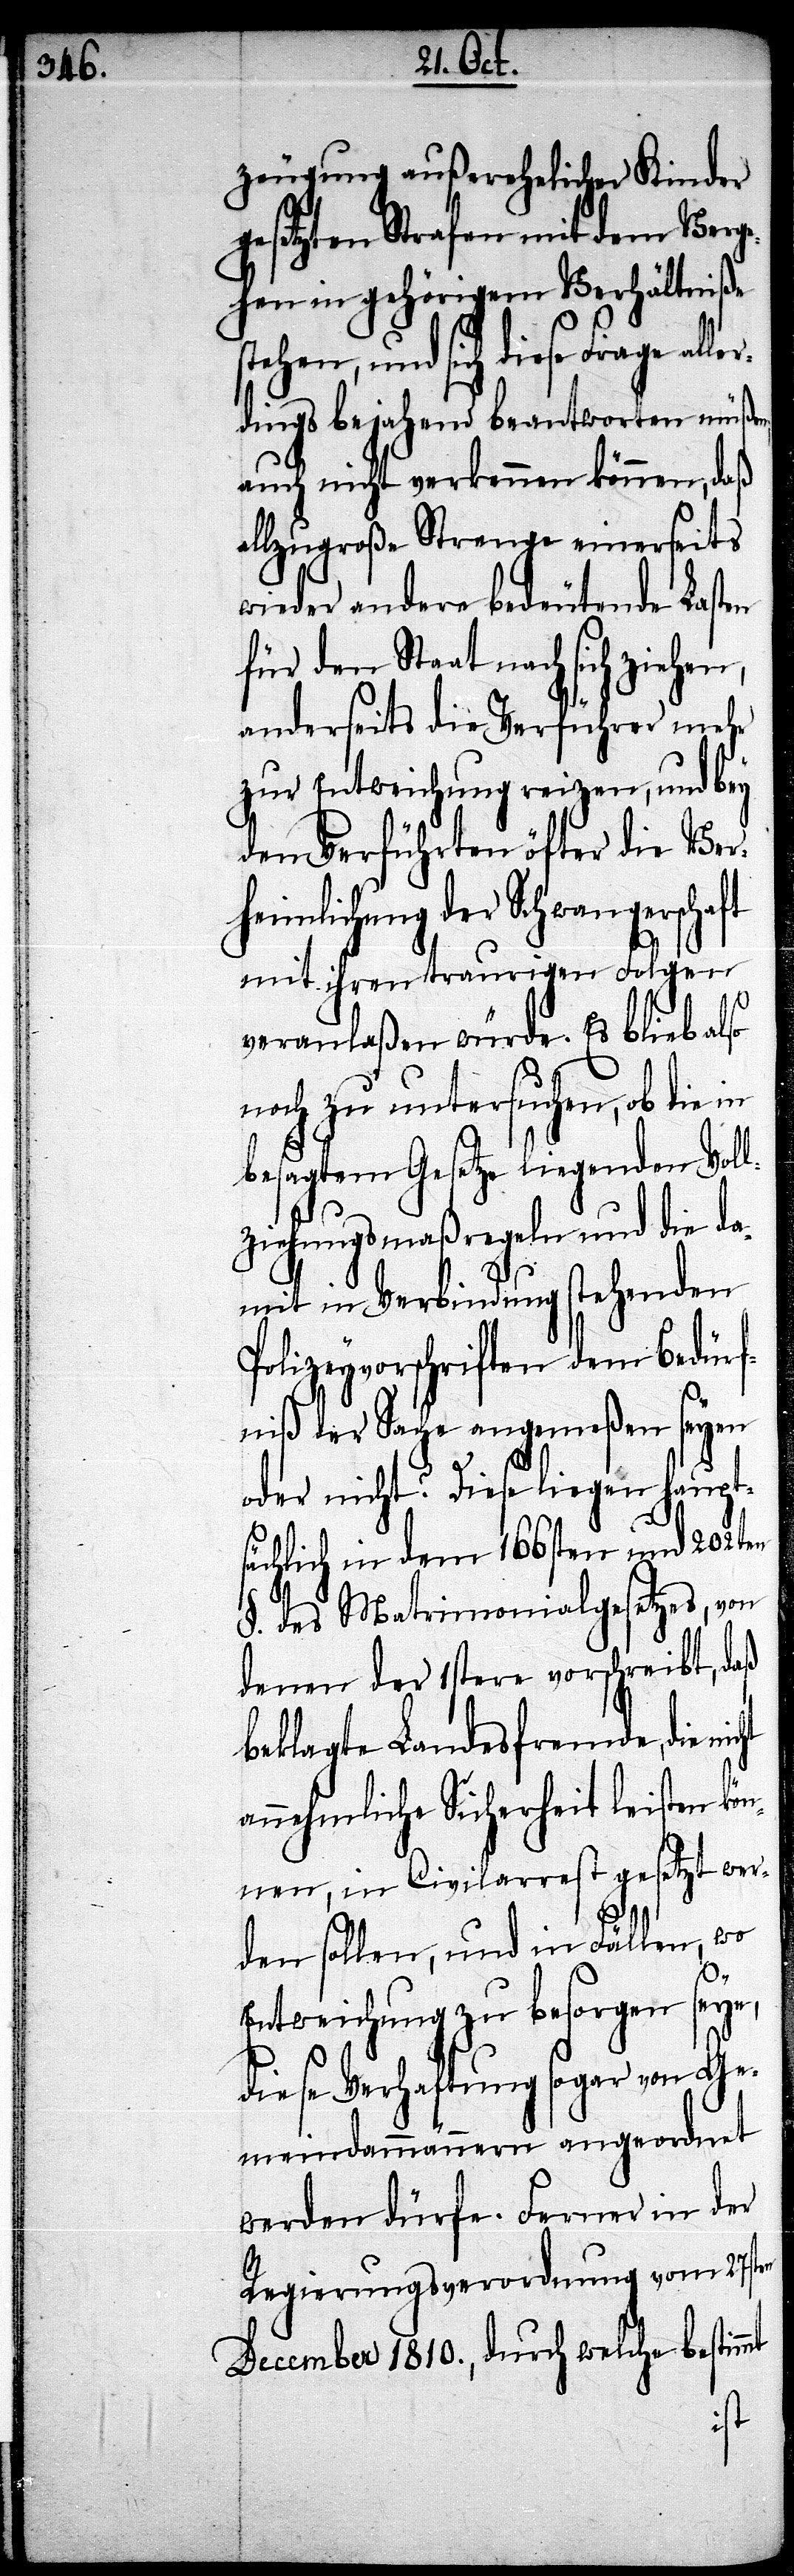
zeugung außerehelicher Kinder
gesetzten Strafen mit dem Verge¬
hen in gehörigem Verhältniße
stehen, und sich diese Frage alle¬
rdings bejahend beantworten müßen,
auch nicht verkennen können, daß
allzugroße Strenge einerseits
wieder andere bedeutende Lasten
für den Staat nach sich
anderseits die Verführer mehr
zur Entweichung reizen, und bey
den Verführten öfter die Ver¬
heimlichung der Schwangerschaft
mit ihren traurigen Folgen
veranlaßen würde. Es blieb also
noch zu untersuchen, ob die in
besagtem Gesetze liegenden Voll¬
ziehungsmaßregeln und die da¬
mit in Verbindung stehenden
Polizeyvorschriften dem Bedürf¬
niß der Sache angemeßen seyen
oder nicht. Diese liegen haupt¬
sächlich in dem 166sten und 202sten
§. des Matrimonialgesetzes, von
denen der 1stere vorschreibt, daß
beklagte Landesfremde, die
annehmliche Sicherheit leisten kön¬
nen, in Civilarrest gesetzt wer¬
den sollen, und in Fällen, wo
Entweichung zu besorgen seye,
diese Verhaftung sogar von Ge¬
meindammännern angeordnet
werden dürfe. Ferner in der
Regierungsverordnung vom 27sten
December 1810., durch welche bestimmt